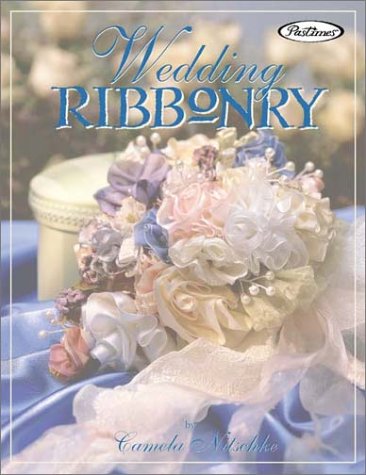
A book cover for Wedding Ribbonry; Camela Nitschke; Crafts, Hobbies & Home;